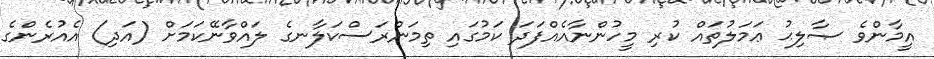
އީމާންވެ ޞާލިޙު ޢަމަލުތައް ކުރި މީހުންނާއެއްފަދަ ކަމުގައި ތިމަންރަސްކަލާނގެ ލައްވާނޭކަމަށް (އަދި) އެއުރެންގެ